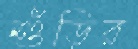
শুঁড়ির